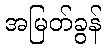
အမြတ်ခွန်